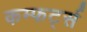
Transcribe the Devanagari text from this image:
कम्फर्ट्स